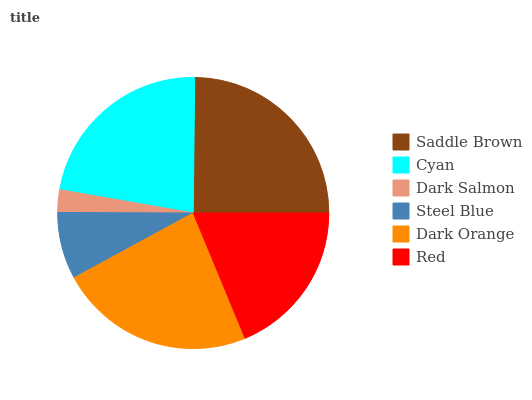
| Saddle Brown | Cyan | Dark Salmon | Steel Blue | Dark Orange | Red |
 | --- | --- | --- | --- | --- | --- |
 | 24.8% | 22.4% | 2.69% | 7.97% | 23.4% | 18.8% |